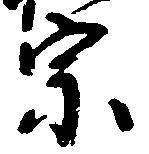
宗